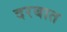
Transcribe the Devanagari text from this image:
दरबात